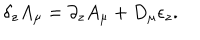
LaTeX: \delta _ { z } A _ { \mu } = \partial _ { z } A _ { \mu } + D _ { \mu } \epsilon _ { z } .